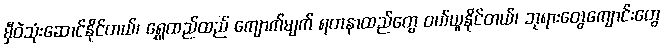
မှီဝဲသုံးဆောင်နိုင်တယ်၊ ရွှေထည်ထည် ကျောက်မျက် ရတနာထည်တွေ ဝယ်ယူနိုင်တယ်၊ ဘုရားတွေကျောင်းတွေ